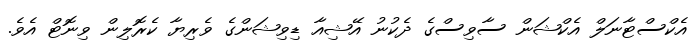
އެކްސްޓާނަލް އެކްޝަން ސާވިސްގެ ދެކުނު އޭޝިއާ ޑިވިޝަންގެ ވެރިޔާ ކެރޮލިން ވިނޮޓް އެވެ.